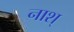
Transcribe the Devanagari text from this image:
नाश्